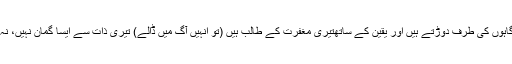
اور ان اعضاء کو جو فرمانبرداری سے تیری عبا دت گاہوں کی طرف دوڑتے ہیں اور یقین کے ساتھتیری مغفرت کے طالب ہیں (تو انہیں آگ میں ڈالے) تیری ذات سے ایسا گمان نہیں، نہ یہ تیرے فضلکے مناسب ہے اے کریم اے پروردگار!